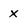
Character: x